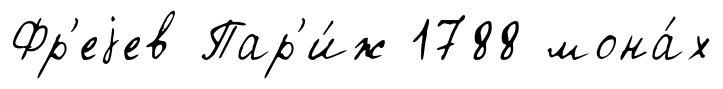
Фр'еjев Пар'и́ж 1788 мона́х